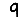
Digit: 9